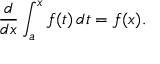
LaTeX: { \frac { d } { d x } } \int _ { a } ^ { x } f ( t ) \, d t = f ( x ) .